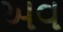
અવ